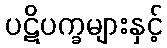
ပဋိပက္ခများနှင့်